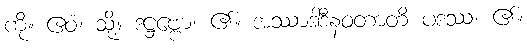
ကို။ ဧဝံ၊ သို့။ ဒဋ္ဌဗ္ဗော၊ ၏။ အဿာဒါဒီနဝတာတိ ပဒဿ၊ ၏။